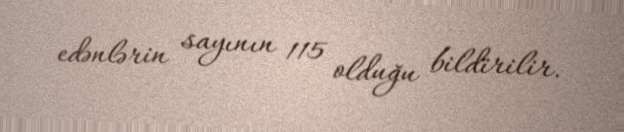
edənlərin sayının 115 olduğu bildirilir.